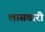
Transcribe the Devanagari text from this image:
लासवारी